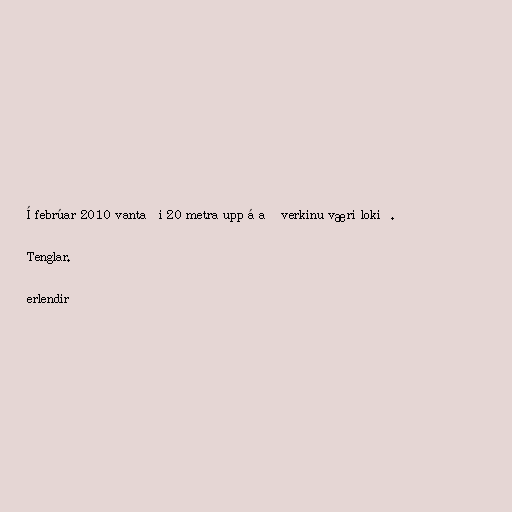
Í febrúar 2010 vantaði 20 metra upp á að verkinu væri lokið.

Tenglar.

erlendir